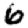
Digit: 6